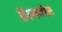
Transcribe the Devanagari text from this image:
हैलगेर